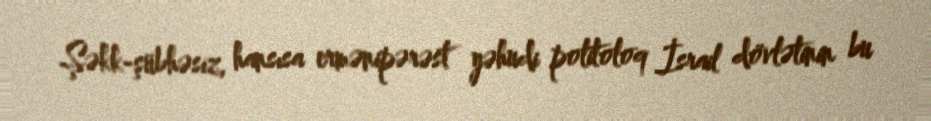
Şəkk-şübhəsiz, hansısa ermənipərəst yəhudi politoloq İsrail dövlətinin bu